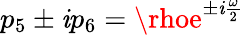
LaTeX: p_{5}\pm\mathit{i}p_{6}=\rhoe^{\pm\mathit{i}\frac{{\omega}}{{2}}}